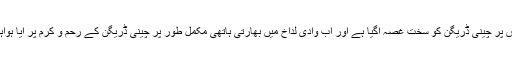
جس پر چینی ڈریگن کو سخت غصہ آگیا ہے اور اَب وادی لداخ میں بھارتی ہاتھی مکمل طور پر چینی ڈریگن کے رحم و کرم پر آیا ہواہے۔